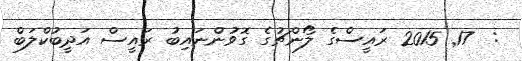
:  17